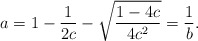
\begin{align*}a=1-\frac{1}{2c}-\sqrt{\frac{1-4c}{4c^2}}=\frac{1}{b}.\end{align*}